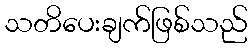
သတိပေးချက်ဖြစ်သည်